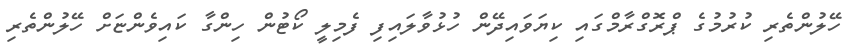
ހޭލުންތެރި ކުރުމުގެ ޕްރޮގްރާމްގައި ކިޔަވައިދޭން ހުޅުވާލައިފި ފެމިލީ ކޯޓުން ހިންގާ ކައިވެންޏަށް ހޭލުންތެރި